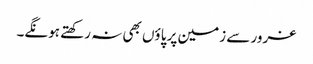
غرور سے زمین پر پاؤں بھی نہ رکھتے ہونگے۔